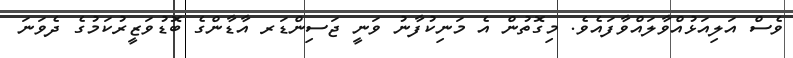
ވެސް އަލިއަޅުއްވާލައްވާފައެވެ. މިގޮތުން އެ މަނިކުފާނު ވަނީ ޖަސިންޑަރ އާޑާންގެ ބޮޑުވަޒީރުކަމުގެ ދެވަނަ